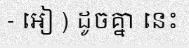
- អៀ ) ដូចគ្នា នេះ